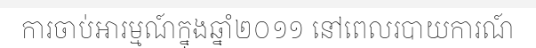
ការចាប់អារម្មណ៍ក្នុងឆ្នាំ២០១១ នៅពេលរបាយការណ៍